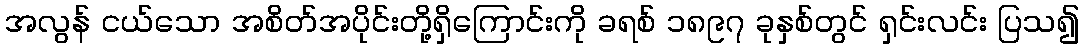
အလွန် ငယ်သော အစိတ်အပိုင်းတို့ရှိကြောင်းကို ခရစ် ၁၈၉၇ ခုနှစ်တွင် ရှင်းလင်း ပြသ၍